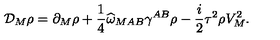
{ \cal D } _ { M } \rho = \partial _ { M } \rho + \frac { 1 } { 4 } \widehat { \omega } _ { M A B } \gamma ^ { A B } \rho - \frac { i } { 2 } \tau ^ { 2 } \rho V _ { M } ^ { 2 } .